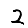
Digit: 2